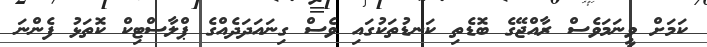
ކަމަށް ވީނަމަވެސް ރާއްޖޭގެ ބޮޑެތި ކަނޑުތަކުގައި ވެސް ގިނައަދަދެއްގެ ޕްލާސްޓިކް ކޮތަޅު ފެންނަ